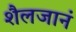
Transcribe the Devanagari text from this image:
शैलजानं